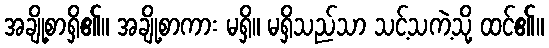
အချို့စာရှိ၏။ အချို့စာကား မရှိ။ မရှိသည်သာ သင့်သကဲ့သို့ ထင်၏။